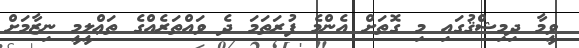
ވީމާ ދިމިޝްޤުގައި މި ގޮތަށް އެންމެ ފުރަތަމަ ދެ ވައްތަރެއްގެ ތަޢްލީމީ ނިޒާމަށް